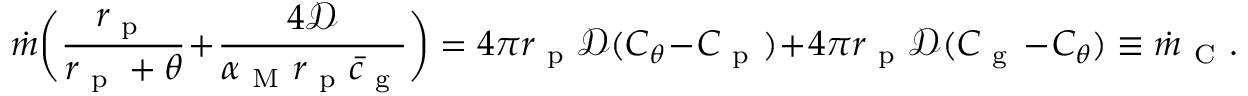
\dot { m } \bigg ( \frac { r _ { \mathrm { ~ p ~ } } } { r _ { \mathrm { ~ p ~ } } + \theta } + \frac { 4 \mathcal { D } } { \alpha _ { \mathrm { ~ M ~ } } r _ { \mathrm { ~ p ~ } } \bar { c } _ { \mathrm { ~ g ~ } } } \bigg ) = 4 \pi r _ { \mathrm { ~ p ~ } } \mathcal { D } ( C _ { \theta } - C _ { \mathrm { ~ p ~ } } ) + 4 \pi r _ { \mathrm { ~ p ~ } } \mathcal { D } ( C _ { \mathrm { ~ g ~ } } - C _ { \theta } ) \equiv \dot { m } _ { \mathrm { ~ C ~ } } .